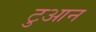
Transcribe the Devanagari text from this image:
टुआन